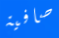
صافية